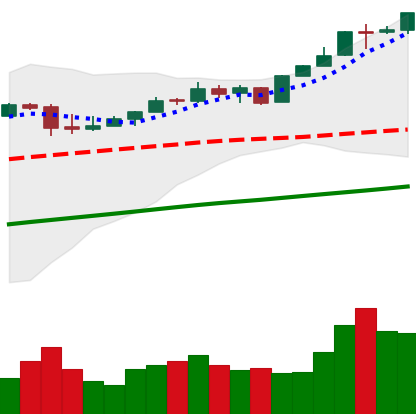
Ticker: BTC-USD
Chart end date: 2017-04-30
Forward return: 15.399%
Label: up_7plus